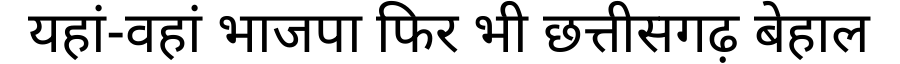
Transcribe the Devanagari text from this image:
यहां-वहां भाजपा फिर भी छत्तीसगढ़ बेहाल